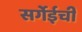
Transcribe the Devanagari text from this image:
सर्गेईची